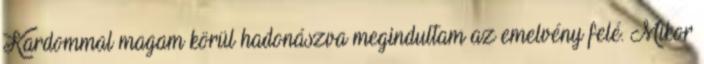
Kardommal magam körül hadonászva megindultam az emelvény felé. Mikor